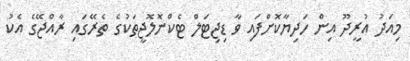
މިއަދު އުރީދޫ އިން ހަދިޔާކޮށްފައި ވާ ޑިޖިޓަލް ޓެކްނޮލޮޖީތަކުގެ ތެރޭގައި ރާއްޖޭގެ އެކު